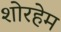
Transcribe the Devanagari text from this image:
शोरहेम